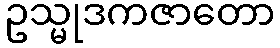
ဥသ္မုဒကဇာတော